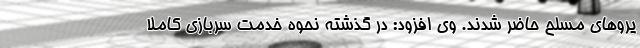
یروهای مسلح حاضر شدند. وی افزود: در گذشته نحوه خدمت سربازی کاملا